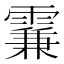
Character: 𩄡